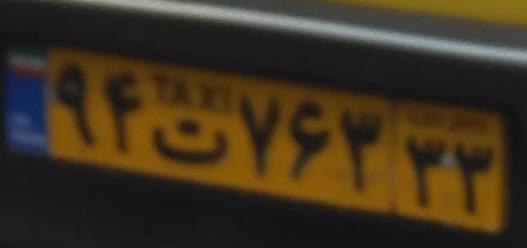
۹۴ت۷۶۳۳۳